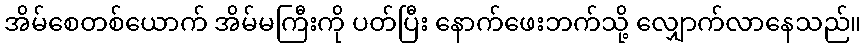
အိမ်စေတစ်ယောက် အိမ်မကြီးကို ပတ်ပြီး နောက်ဖေးဘက်သို့ လျှောက်လာနေသည်။